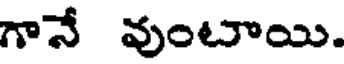
గానే వుంటాయి.